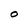
Character: O